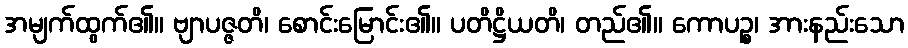
အမျက်ထွက်၏။ ဗျာပဇ္ဇတိ၊ စောင်းမြောင်း၏။ ပတိဋ္ဌိယတိ၊ တည်၏။ ကောပဉ္စ၊ အားနည်းသော